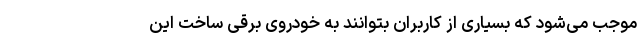
موجب می‌شود که بسیاری از کاربران بتوانند به خودروی برقی ساخت این